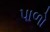
પાળો